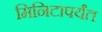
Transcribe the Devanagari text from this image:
मिनिटापर्यंत